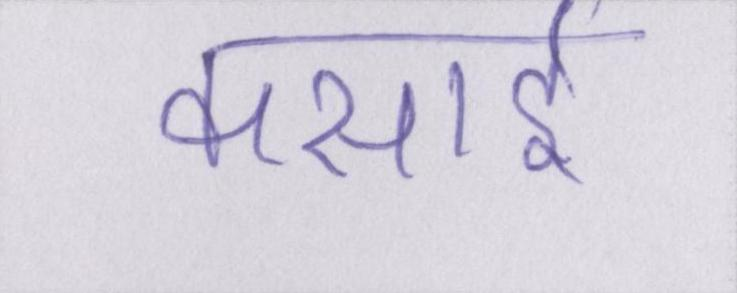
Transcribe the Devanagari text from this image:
कसाई